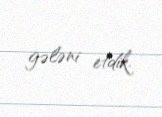
gələni etdik.